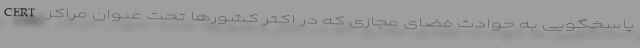
پاسخگویی به حوادث فضای مجازی که در اکثر کشورها تحت عنوان مراکز CERT